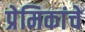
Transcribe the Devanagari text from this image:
प्रेमिकांचे